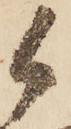
候